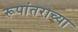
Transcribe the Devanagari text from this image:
रूपांतराच्या